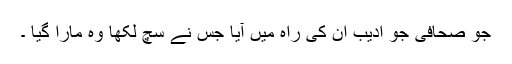
جو صحافی جو ادیب ان کی راہ میں آیا جس نے سچ لکھا وہ مارا گیا ۔